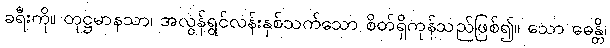
ခရီးကို။ တုဋ္ဌမာနသာ၊ အလွန်ရွင်လန်းနှစ်သက်သော စိတ်ရှိကုန်သည်ဖြစ်၍။ သော ဓေန္တိ၊